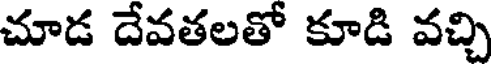
చూడ దేవతలతో కూడి వచ్చి